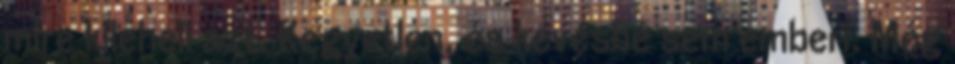
mire kileheli azt. Kegyetlen, és kevésbé sem emberi. Még